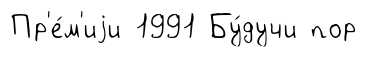
Пр'е́м'иjи 1991 Бу́дучи пор